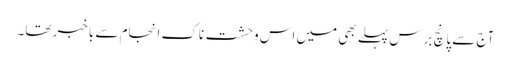
آج سے پانچ برس پہلے بھی میں اس وحشت ناک انجام سے باخبر تھا۔